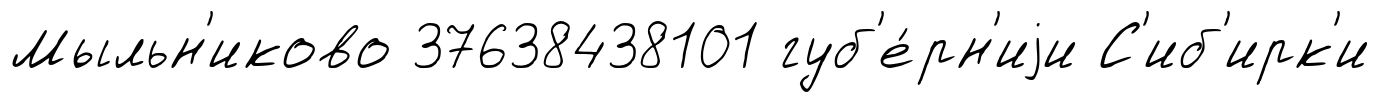
Мыльн'иково 37638438101 губ'е́рн'иjи С'иб'ирк'и